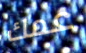
عمك